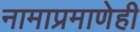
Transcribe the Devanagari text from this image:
नामाप्रमाणेही